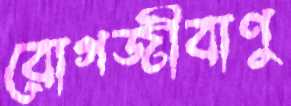
রোগজীবাণু